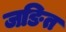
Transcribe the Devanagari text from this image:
जङित